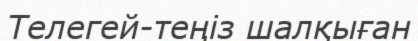
Телегей-теңіз шалқыған